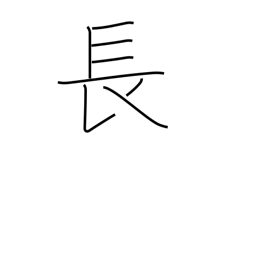
Meaning: superior